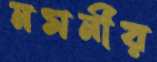
নমনীয়